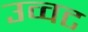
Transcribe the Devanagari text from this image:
उव्‍वट